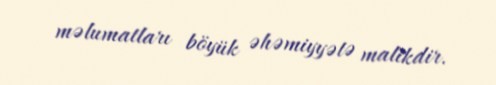
məlumatları böyük əhəmiyyətə malikdir.